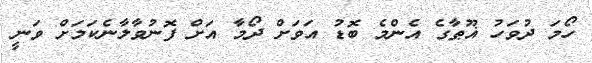
ހޯމަ ދުވަހު ޣޫޠާގެ އެންމެ ބޮޑު އަވަށް ދޯމާ އަށް ފޮނުވާލާނެކަމަށް ވަނީ